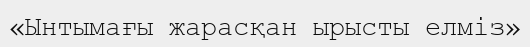
«Ынтымағы жарасқан ырысты елміз»